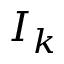
I _ { k }